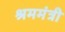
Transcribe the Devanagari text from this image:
श्रममंत्री